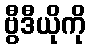
ဗွီဒီယိုကို